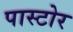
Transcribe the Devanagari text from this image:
पास्टोर